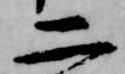
二